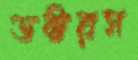
ডক্টরস